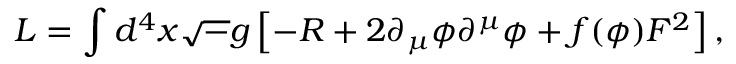
{ \cal L } = \int d ^ { 4 } x { \sqrt - g } \left[ - R + 2 \partial _ { \mu } \phi \partial ^ { \mu } \phi + f ( \phi ) F ^ { 2 } \right] ,